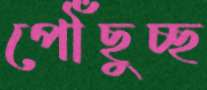
পৌঁছুচ্ছ